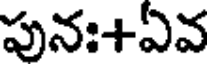
పునః+ఏవ